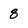
Character: 8